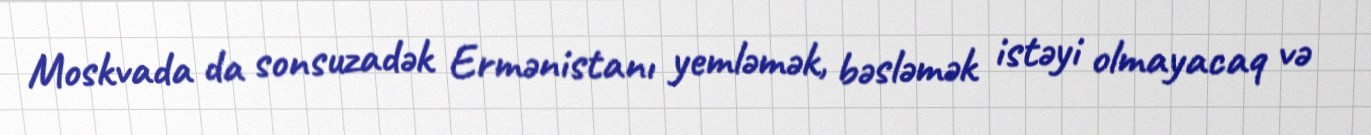
Moskvada da sonsuzadək Ermənistanı yemləmək, bəsləmək istəyi olmayacaq və